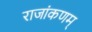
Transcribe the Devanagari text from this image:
राजांकणम्